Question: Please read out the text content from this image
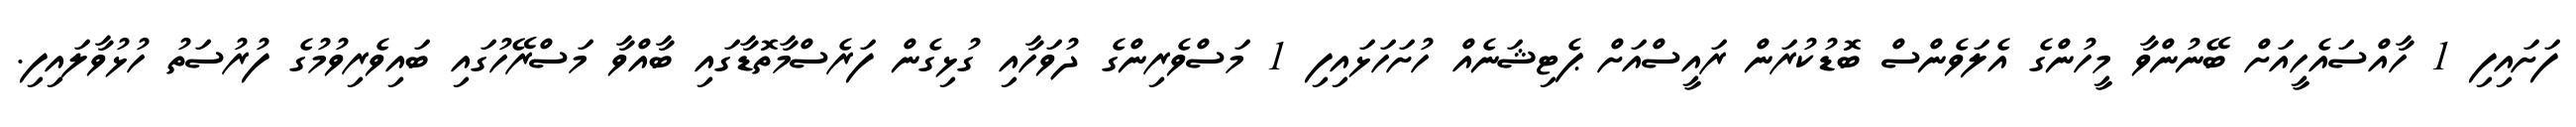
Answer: ފަށައިފި 1 ހާއްސައެހީއަށް ބޭނުންވާ މީހުންގެ އެލަވެންސް ބޮޑުކުރަން ރައީސްއަށް ޕެޓިޝަނެއް ހުށަހަޅައިފި 1 މަސްވެރިންގެ ދުވަހާއި ގުޅިގެން ފަރެސްމާތޮޑާގައި ބާއްވާ މަސްރޭހުގައި ބައިވެރިވުމުގެ ފުރުސަތު ހުޅުވާލައިފި.